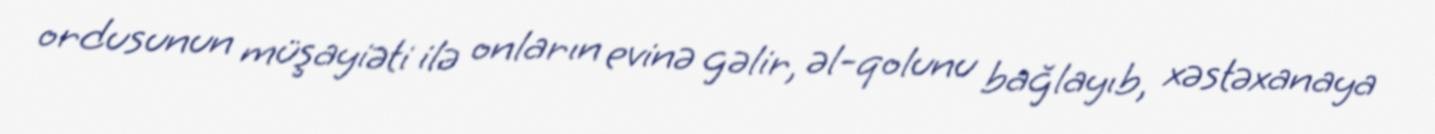
ordusunun müşayiəti ilə onların evinə gəlir, əl-qolunu bağlayıb, xəstəxanaya